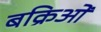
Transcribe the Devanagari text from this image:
बक्रिओं